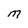
Character: O